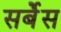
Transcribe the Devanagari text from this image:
सर्बेंस